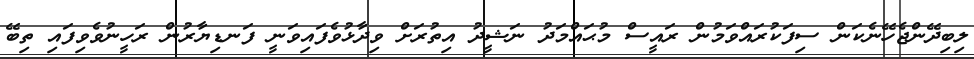
ލިބިދޭންޖެހޭނެކަން ސިފަކުރައްވަމުން ރައީސް މުޙައްމަދު ނަޝީދު އިތުރަށް ވިދާޅުވެފައިވަނީ ފަނޑިޔާރުން ރަހީނުވެވިފައި ތިބޭ